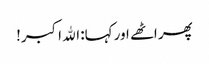
پھر اٹھے اور کہا: الله اکبر!